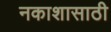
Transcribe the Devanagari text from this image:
नकाशासाठी